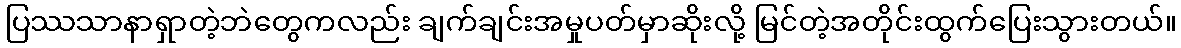
ပြဿသာနာရှာတဲ့ဘဲတွေကလည်း ချက်ချင်းအမှုပတ်မှာဆိုးလို့ မြင်တဲ့အတိုင်းထွက်ပြေးသွားတယ်။